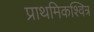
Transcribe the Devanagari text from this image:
प्राथमिकश्वित्र